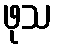
ဖုသ